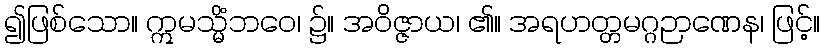
၍ဖြစ်သော။ ဣမသ္မိံဘဝေ၊ ၌။ အဝိဇ္ဇာယ၊ ၏။ အရဟတ္တမဂ္ဂဉာဏေန၊ ဖြင့်။